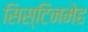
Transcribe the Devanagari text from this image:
सिस्टिनमेह